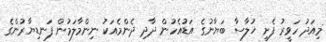
މިއަދު ހަވީރު ފެށި ޚުލާސާ ބަޔާނުގެ އަޑުއެހުން ދާދި ދެންމެއަކު ނިންމާލަމުން ފަނޑިޔާރުންގެ